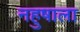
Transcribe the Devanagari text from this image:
नहुषाला